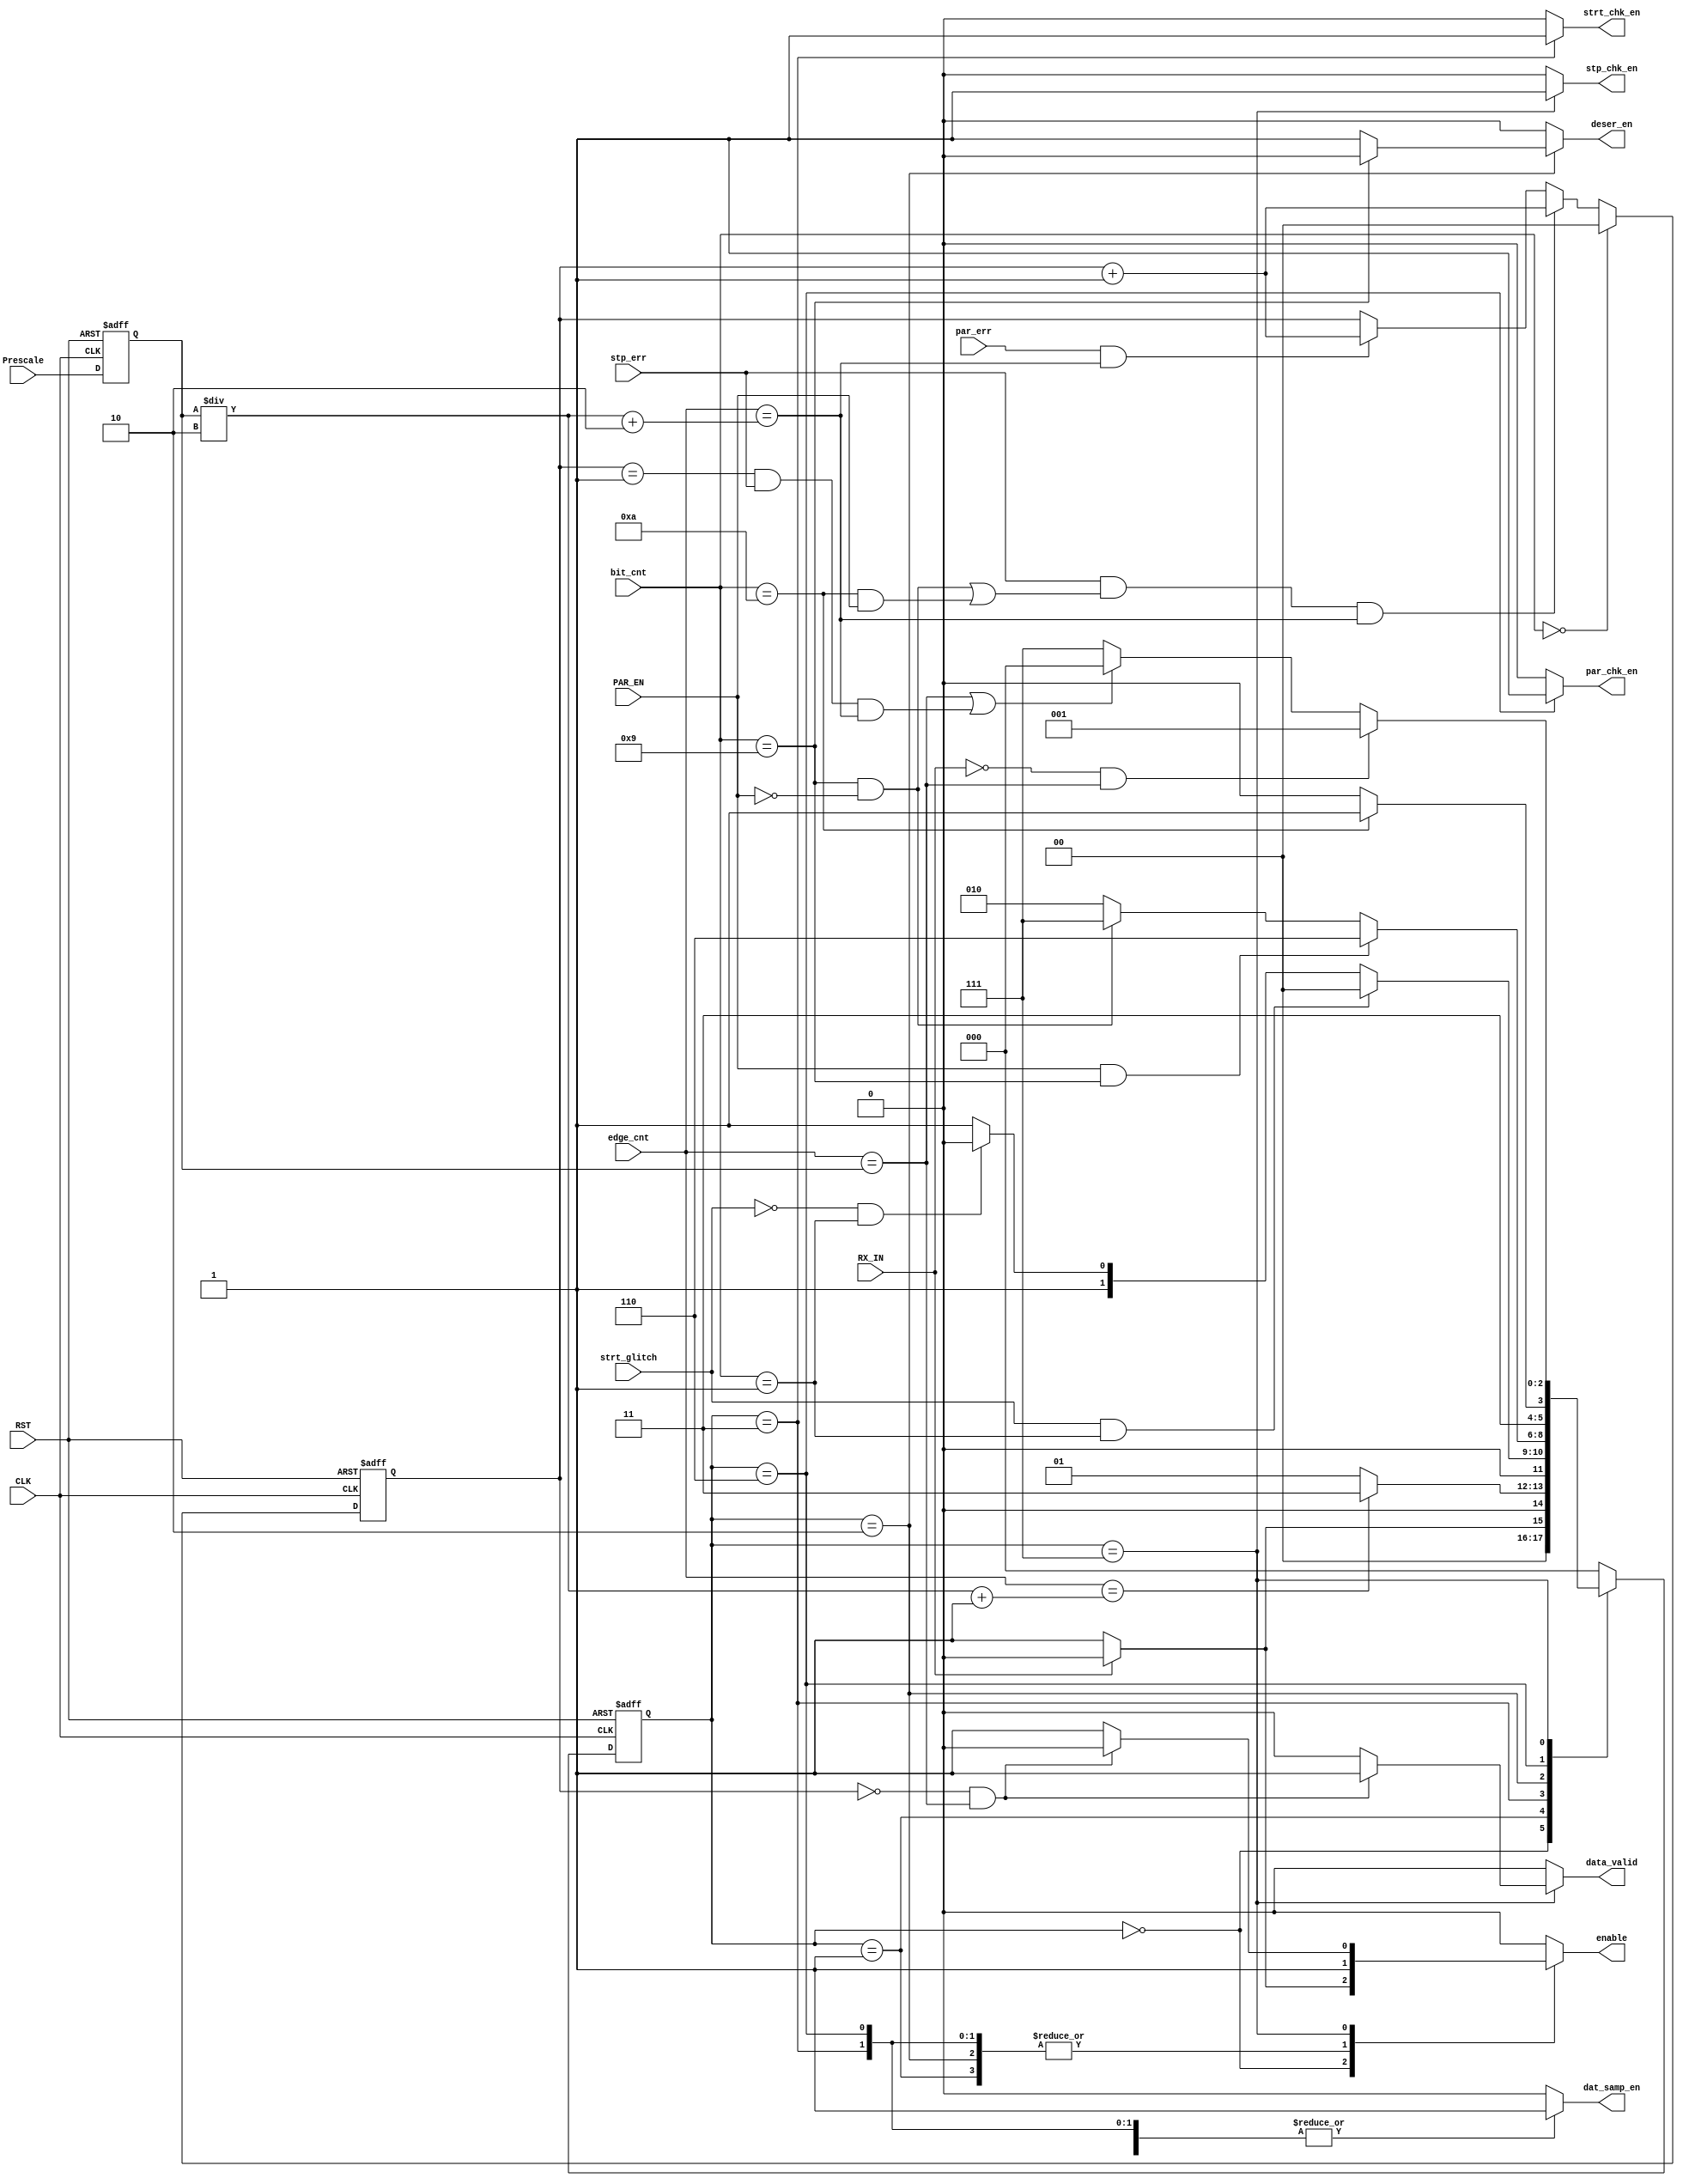
module UART_RX_FSM (
  input wire       CLK,
  input wire       RST ,
  input wire       RX_IN ,
  input wire       PAR_EN ,
  input wire [5:0] edge_cnt ,
  input wire [4:0] bit_cnt ,
  input wire       par_err ,
  input wire       strt_glitch ,
  input wire       stp_err ,
  input wire [5:0] Prescale ,
  output reg       dat_samp_en ,
  output reg       enable ,
  output reg       deser_en ,
  output reg       data_valid ,
  output reg       stp_chk_en ,
  output reg       strt_chk_en ,
  output reg       par_chk_en 
  );


/* States definition */
parameter IDLE = 'b000 ; //IDLE State . No frame is sent 
parameter PRESTART = 'b001 ; //PRESTART State . To enable the edge counter and sampler .
parameter START = 'b011 ; //START State . To sample the start bit .
parameter DATA = 'b010 ;
parameter PARITY = 'b110 ;
parameter STOP = 'b111 ;

reg [2:0] current_state ;
reg [2:0] next_state ;

/* Counter for Errors */
reg	[1:0] counter_errors ;

reg [5:0] Prescale_reg ; /* For System */

always @ (posedge CLK or negedge RST)
begin
  if(!RST)
    begin
      Prescale_reg <= 0 ;
    end
  else
    begin
      Prescale_reg <= Prescale ;
    end
end

/* Present State Logic */
always @ (posedge CLK or negedge RST)
begin
  if(!RST)
    begin
      current_state <= IDLE ;
    end
  else
    begin
      current_state <= next_state ;
    end
end

/* Next State Logic */
always @ (*)
begin
  case(current_state)
    IDLE : begin
            if(RX_IN == 0)
              next_state = PRESTART ;
            else
              next_state = IDLE ;
          end
    PRESTART : begin
                  if(edge_cnt == ((Prescale_reg/2) + 1)) //Wait till the data sampler samples the start bit then move to the next state to enable the start checker
                    next_state = START ;
                  else
                    next_state = PRESTART ;
                  end
    START : begin
              if(strt_glitch == 1 && bit_cnt == 1)
                next_state = IDLE ;
              else if (strt_glitch == 0 && bit_cnt == 1)
                next_state = DATA ;
              else
                next_state = START ;
            end
    DATA :  begin
              if(PAR_EN == 1 && bit_cnt == 9)
                next_state = PARITY ;
              else if (PAR_EN == 0 && bit_cnt == 9)
                next_state = STOP ;
              else
                next_state = DATA ;
            end
    PARITY :  begin
              if (bit_cnt == 10)
                next_state = STOP ;
              else
                next_state = PARITY ;
            end
    STOP :  begin
			  if (RX_IN == 0 && edge_cnt == (Prescale_reg ))
                next_state = PRESTART ;
              else if(edge_cnt == (Prescale_reg ) || (counter_errors == 1 && stp_err == 1 && edge_cnt == (Prescale_reg/2 +  2)) )
                next_state = IDLE ;
              else 
                next_state = STOP ;
            end
    default : begin
                next_state = IDLE ;
              end
  endcase
end

/* Outputs Logic */
always @ (*)
begin
  case(current_state) 
    IDLE : begin
           dat_samp_en = 'b0 ;
           if(RX_IN ==0)
             enable = 'b1 ;
           else
             enable = 'b0 ;
           deser_en = 'b0 ;
           data_valid = 'b0;
           stp_chk_en = 'b0 ;
           strt_chk_en = 'b0 ;
           par_chk_en = 'b0 ;
          end
    
    PRESTART : begin
                  dat_samp_en = 'b1 ;
                  enable = 'b1 ;
                  deser_en = 'b0 ;
                  data_valid = 'b0;
                  stp_chk_en = 'b0 ;
                  strt_chk_en = 'b0 ;
                  par_chk_en = 'b0 ;
                  end
    START : begin
              dat_samp_en = 'b1 ;
              enable = 'b1 ;
              deser_en = 'b0 ;
              data_valid = 'b0;
              stp_chk_en = 'b0 ;
              strt_chk_en = 'b1 ;
              par_chk_en = 'b0 ;
          end
    DATA : begin
              dat_samp_en = 'b1 ;
              enable = 'b1 ;
              if( bit_cnt == 9 )
                deser_en = 'b0 ;
              else
                deser_en = 'b1 ;
              data_valid = 'b0;
              stp_chk_en = 'b0 ;
              strt_chk_en = 'b0 ;
              par_chk_en = 'b0 ;
          end
    PARITY : begin
              dat_samp_en = 'b1 ;
              enable = 'b1 ;
              deser_en = 'b0 ;
              data_valid = 'b0 ;
              stp_chk_en = 'b0 ;
              strt_chk_en = 'b0 ;
              par_chk_en = 'b1 ;
			  /*
			  if (edge_cnt == ((Prescale_reg/2) + 1) && par_err == 1 )
                parity_flag = 1'b1 ;
              else
                parity_flag = 1'b0 ;
				*/
          end
    STOP : begin
              dat_samp_en = 'b1 ;
              //enable = 'b1 ;
              deser_en = 'b0 ;
              stp_chk_en = 'b1 ;
              strt_chk_en = 'b0 ;
              par_chk_en = 'b0 ;
              if(counter_errors == 0 && edge_cnt == (Prescale_reg))
                begin
                data_valid = 'b1 ;
                enable = 'b0 ; //Disable the edge bit counter 
                end
              else
                begin
                data_valid = 'b0 ;
                enable = 'b1 ;
                end
                
          end
	default : begin
				dat_samp_en = 'b0 ;
				enable = 'b0 ;
			    deser_en = 'b0 ;
			    data_valid = 'b0;
			    stp_chk_en = 'b0 ;
			    strt_chk_en = 'b0 ;
			    par_chk_en = 'b0 ;
			end
    
  endcase
end


/* Errors counter logic */
always @ (posedge CLK or negedge RST)
begin
	if (!RST)
	begin
		counter_errors <= 0 ;
	end
	else
	begin
		if(par_err == 1 && edge_cnt == (Prescale_reg/2 + 2 ))
			counter_errors <= counter_errors + 1 ;
		if(stp_err == 1 && ( (bit_cnt == 9 && PAR_EN == 0) || (bit_cnt == 10 && PAR_EN == 1)) && edge_cnt == (Prescale_reg/2 + 2 ) )
			counter_errors <= counter_errors + 1 ;
		if(bit_cnt == 0)
			counter_errors <= 0 ;
	
	end

end






endmodule